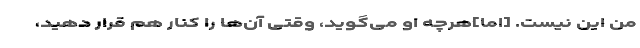
من این نیست. [اما]هرچه او می‌گوید، وقتی آن‌ها را کنار هم قرار دهید،